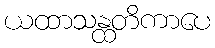
ယထာသန္ထတိကာပေ